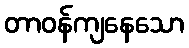
တာဝန်ကျနေသော